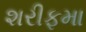
શરીફમા